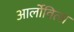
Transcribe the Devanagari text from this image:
आर्लोवित्स